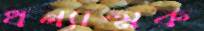
ধন্যাত্মক